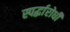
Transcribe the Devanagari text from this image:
स्पर्द्धारोधी